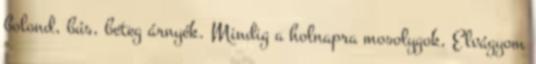
bolond, bús, beteg árnyék. Mindig a holnapra mosolygok, Elvágyom